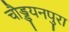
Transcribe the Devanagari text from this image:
चौड्डयनपुरा